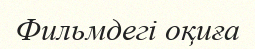
Фильмдегі оқиға